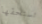
تستحقها